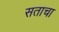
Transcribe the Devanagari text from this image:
सताचा